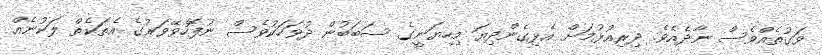
ވަގުތެއްވެސް ނާދެއެވެ. ދިރިއުޅުމަށް އެޅިގެންދިޔަ މިހިޔަނީގެ ސަބަބުން ދުވަހަކުވެސް ނުފޮހެވޭވަރުގެ އެތަކެތް ލަކުނެއް